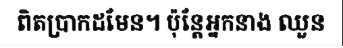
ពិតប្រាកដមែន។ ប៉ុន្តែអ្នកនាង ឈួន